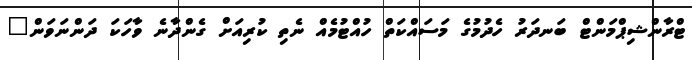
ޓްރާންޝިޕްމަންޓް ބަނދަރު ހެދުމުގެ މަސައްކަތް ހުއްޓުމެއް ނެތި ކުރިއަށް ގެންދާނެ ވާހަކަ ދަންނަވަން"